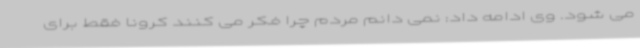
می شود. وی ادامه داد: نمی دانم مردم چرا فکر می کنند کرونا فقط برای